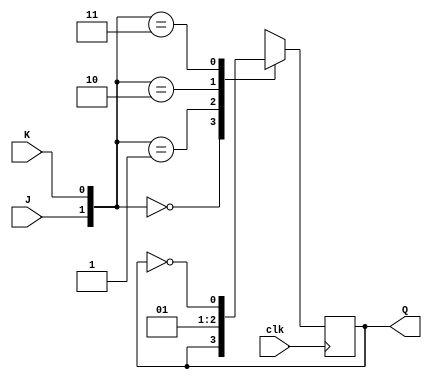
module jk(J, K, clk, Q);
input J, K, clk;
output Q;
reg Q;
always @(posedge clk)
begin
	case ({J,K})
         2'b00 :  Q = Q;
         2'b01 :  Q = 0;
         2'b10 :  Q = 1;
         2'b11 :  Q = ~Q;
      endcase
end
endmodule

module jk_tb;
reg J, K, clk;
wire Q;
jk i1(J, K, clk, Q);
always #5 clk = ~clk;
initial
begin
	J = 1'b0; K = 1'b0; clk = 1'b0;
	$monitor ("Time:%f, J=%b, K=%b, Q=%b",$time, J, K, Q);
	#5 J = 1'b0; K = 1'b1;
	#10 J = 1'b1; K = 1'b0;
	#10 J = 1'b1; K = 1'b1;
	#10 J = 1'b0; K = 1'b0;
	#10 $finish;
end
endmodule